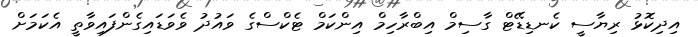
އިދިކޮޅު ރިޔާސީ ކެނޑިޑޭޓް ގާސިމް އިބްރާހިމް އިންކަމް ޓެކްސްގެ ވައުދު ވެވަޑައިގެންފައިވާތީ އެކަމަށް